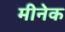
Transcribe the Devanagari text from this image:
मीनेक